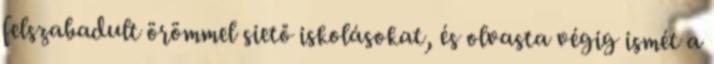
felszabadult örömmel siető iskolásokat, és olvasta végig ismét a